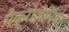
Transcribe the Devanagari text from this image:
मैक्रोज़ेमिया